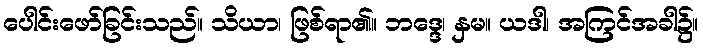
ပေါင်းဖော်ခြင်းသည်။ သိယာ၊ ဖြစ်ရာ၏။ ဘဒ္ဒေ၊ နှမ။ ယဒါ၊ အကြင်အခါ၌။